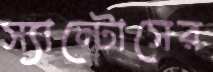
স্যান্টোসের